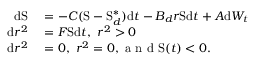
\begin{array} { r l } { \mathrm { d } \mathrm { S } } & { { } = - C ( \mathrm { S } - \mathrm { S } _ { d } ^ { \ast } ) \mathrm { d } t - B _ { d } r \mathrm { S } \mathrm { d } t + A \mathrm { d } W _ { t } } \\ { \mathrm { d } r ^ { 2 } } & { { } = F \mathrm { S } \mathrm { d } t , \mathrm { ~ } r ^ { 2 } > 0 } \\ { \mathrm { d } r ^ { 2 } } & { { } = 0 , \mathrm { ~ } r ^ { 2 } = 0 , \mathrm { ~ a ~ n ~ d ~ } \mathrm { S } ( t ) < 0 . } \end{array}